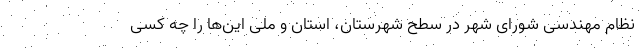
نظام مهندسی شورای شهر در سطح شهرستان، استان و ملی این‌ها را چه کسی